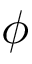
\phi